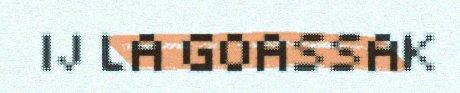
IJ LA GOASSAK